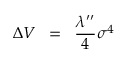
\Delta V \; \; = \; \; \frac { \lambda ^ { \prime \prime } } { 4 } \sigma ^ { 4 }